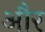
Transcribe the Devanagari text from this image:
और